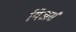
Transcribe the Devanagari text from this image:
यिअर्स